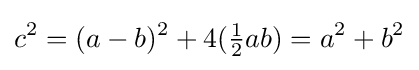
c^{2}=(a-b)^{2}+4({\tfrac {1}{2}}ab)=a^{2}+b^{2}